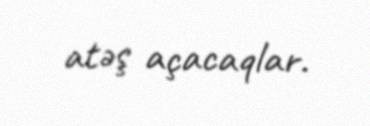
atəş açacaqlar.